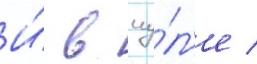
И́ в иу́л'е /